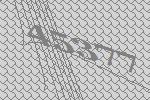
45377